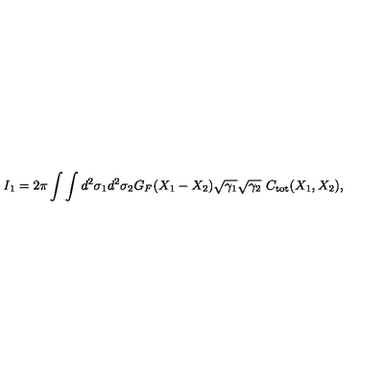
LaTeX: I _ { 1 } = 2 \pi \int \int d ^ { 2 } \sigma _ { 1 } d ^ { 2 } \sigma _ { 2 } G _ { F } ( X _ { 1 } - X _ { 2 } ) \sqrt { \gamma _ { 1 } } \sqrt { \gamma _ { 2 } } \ C _ { \mathrm { t o t } } ( X _ { 1 } , X _ { 2 } ) ,